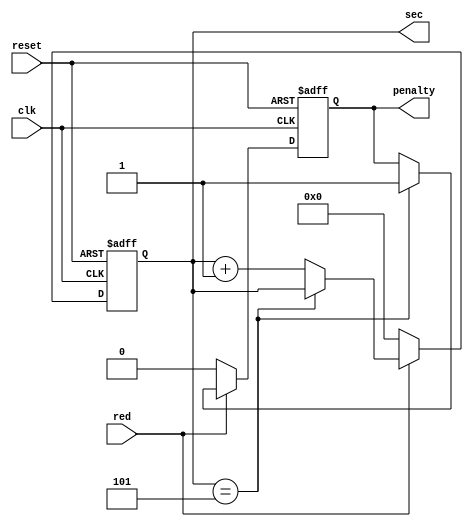
module pentaltySys(reset,clk,red,sec,penalty);
	input reset, clk, red;
	output reg [3:0] sec;
	output reg penalty = 0;

	
	always @(posedge clk,posedge reset)
	begin
		
		if(reset) 
		begin
			sec = 0;
			penalty = 0;
		end
		
		else if(~red)
		begin
			sec = 0;
			penalty = 0;
		end
		
		else if(red)
		begin
			if(sec == 5)
				penalty = 1;
			else
				sec = sec + 1;
		end
		
	end
endmodule